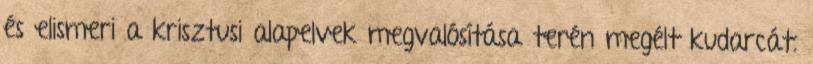
és elismeri a krisztusi alapelvek megvalósítása terén megélt kudarcát.